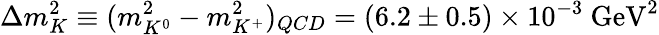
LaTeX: \Delta m_{K}^{2}\equiv(m_{K^{0}}^{2}-m_{K^{+}}^{2})_{QCD}=(6.2\pm 0.5)\times 10^{-3}~\mathrm{GeV}^{2}